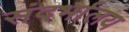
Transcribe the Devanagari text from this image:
संदर्भालय